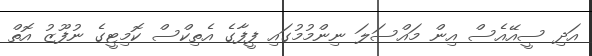
އަދި ސީއޭއެސް އިން މައްސަލަ ނިންމުމުގައި ފީފާގެ އެތިކްސް ކޮމިޓީގެ ނުފޫޒު އޮތް